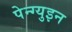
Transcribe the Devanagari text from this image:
पेन्ग्युइन